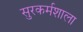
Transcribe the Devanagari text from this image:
सुरकर्मशाला